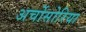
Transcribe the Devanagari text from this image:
अर्चोसोरिया